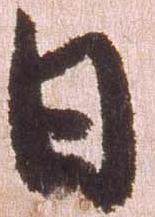
日